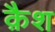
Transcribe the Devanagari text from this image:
क़ैश